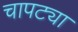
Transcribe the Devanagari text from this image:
चापट्या